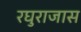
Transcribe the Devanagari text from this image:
रघुराजास